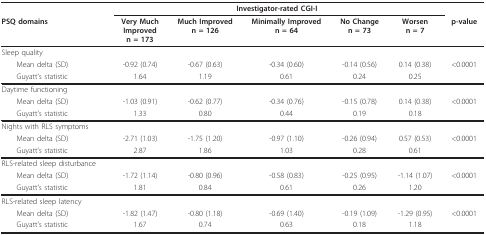
<table><thead><tr><td></td><td colspan="5"><b>Investigator-rated CGI-I</b></td><td></td></tr><tr><td><b>PSQ domains</b></td><td><b>Very MuchImprovedn = 173</b></td><td><b>Much Improvedn = 126</b></td><td><b>Minimally Improvedn = 64</b></td><td><b>No Changen = 73</b></td><td><b>Worsenn = 7</b></td><td><b>p-value</b></td></tr></thead><tbody><tr><td>Sleep quality</td><td></td><td></td><td></td><td></td><td></td><td></td></tr><tr><td> Mean delta (SD)</td><td>-0.92 (0.74)</td><td>-0.67 (0.63)</td><td>-0.34 (0.60)</td><td>-0.14 (0.56)</td><td>0.14 (0.38)</td><td>&lt;0.0001</td></tr><tr><td> Guyatt&#x27;s statistic</td><td>1.64</td><td>1.19</td><td>0.61</td><td>0.24</td><td>0.25</td><td></td></tr><tr><td>Daytime functioning</td><td></td><td></td><td></td><td></td><td></td><td></td></tr><tr><td> Mean delta (SD)</td><td>-1.03 (0.91)</td><td>-0.62 (0.77)</td><td>-0.34 (0.76)</td><td>-0.15 (0.78)</td><td>0.14 (0.38)</td><td>&lt;0.0001</td></tr><tr><td> Guyatt&#x27;s statistic</td><td>1.33</td><td>0.80</td><td>0.44</td><td>0.19</td><td>0.18</td><td></td></tr><tr><td>Nights with RLS symptoms</td><td></td><td></td><td></td><td></td><td></td><td></td></tr><tr><td> Mean delta (SD)</td><td>-2.71 (1.03)</td><td>-1.75 (1.20)</td><td>-0.97 (1.10)</td><td>-0.26 (0.94)</td><td>0.57 (0.53)</td><td>&lt;0.0001</td></tr><tr><td> Guyatt&#x27;s statistic</td><td>2.87</td><td>1.86</td><td>1.03</td><td>0.28</td><td>0.61</td><td></td></tr><tr><td>RLS-related sleep disturbance</td><td></td><td></td><td></td><td></td><td></td><td></td></tr><tr><td> Mean delta (SD)</td><td>-1.72 (1.14)</td><td>-0.80 (0.96)</td><td>-0.58 (0.83)</td><td>-0.25 (0.95)</td><td>-1.14 (1.07)</td><td>&lt;0.0001</td></tr><tr><td> Guyatt&#x27;s statistic</td><td>1.81</td><td>0.84</td><td>0.61</td><td>0.26</td><td>1.20</td><td></td></tr><tr><td>RLS-related sleep latency</td><td></td><td></td><td></td><td></td><td></td><td></td></tr><tr><td> Mean delta (SD)</td><td>-1.82 (1.47)</td><td>-0.80 (1.18)</td><td>-0.69 (1.40)</td><td>-0.19 (1.09)</td><td>-1.29 (0.95)</td><td>&lt;0.0001</td></tr><tr><td> Guyatt&#x27;s statistic</td><td>1.67</td><td>0.74</td><td>0.63</td><td>0.18</td><td>1.18</td><td></td></tr></tbody></table>